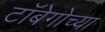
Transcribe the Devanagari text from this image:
टॉबेगोच्या